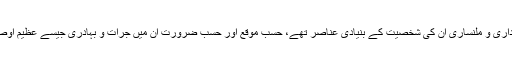
عجز و انکساری، وضع داری و ملنساری ان کی شخصیت کے بنیادی عناصر تھے، حسبِ موقع اور حسبِ ضرورت ان میں جرأت و بہادری جیسے عظیم اوصاف بھی شامل ہو جاتے۔